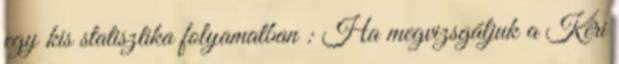
egy kis statisztika folyamatban : Ha megvizsgáljuk a Kéri